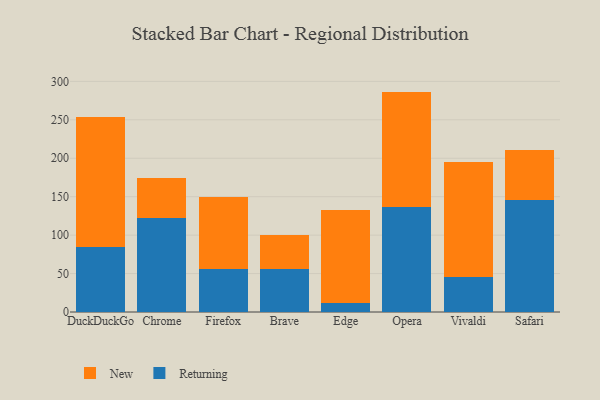
{"axis": {"x": "Browser", "y": "Production Output"}, "legend": ["New", "Returning"], "data": [{"x": "DuckDuckGo", "y": 84.3, "type": "Returning"}, {"x": "DuckDuckGo", "y": 169.6, "type": "New"}, {"x": "Chrome", "y": 122.0, "type": "Returning"}, {"x": "Chrome", "y": 52.0, "type": "New"}, {"x": "Firefox", "y": 56.2, "type": "Returning"}, {"x": "Firefox", "y": 93.0, "type": "New"}, {"x": "Brave", "y": 55.6, "type": "Returning"}, {"x": "Brave", "y": 45.1, "type": "New"}, {"x": "Edge", "y": 12.0, "type": "Returning"}, {"x": "Edge", "y": 120.6, "type": "New"}, {"x": "Opera", "y": 137.0, "type": "Returning"}, {"x": "Opera", "y": 149.7, "type": "New"}, {"x": "Vivaldi", "y": 45.7, "type": "Returning"}, {"x": "Vivaldi", "y": 148.9, "type": "New"}, {"x": "Safari", "y": 145.4, "type": "Returning"}, {"x": "Safari", "y": 65.0, "type": "New"}]}